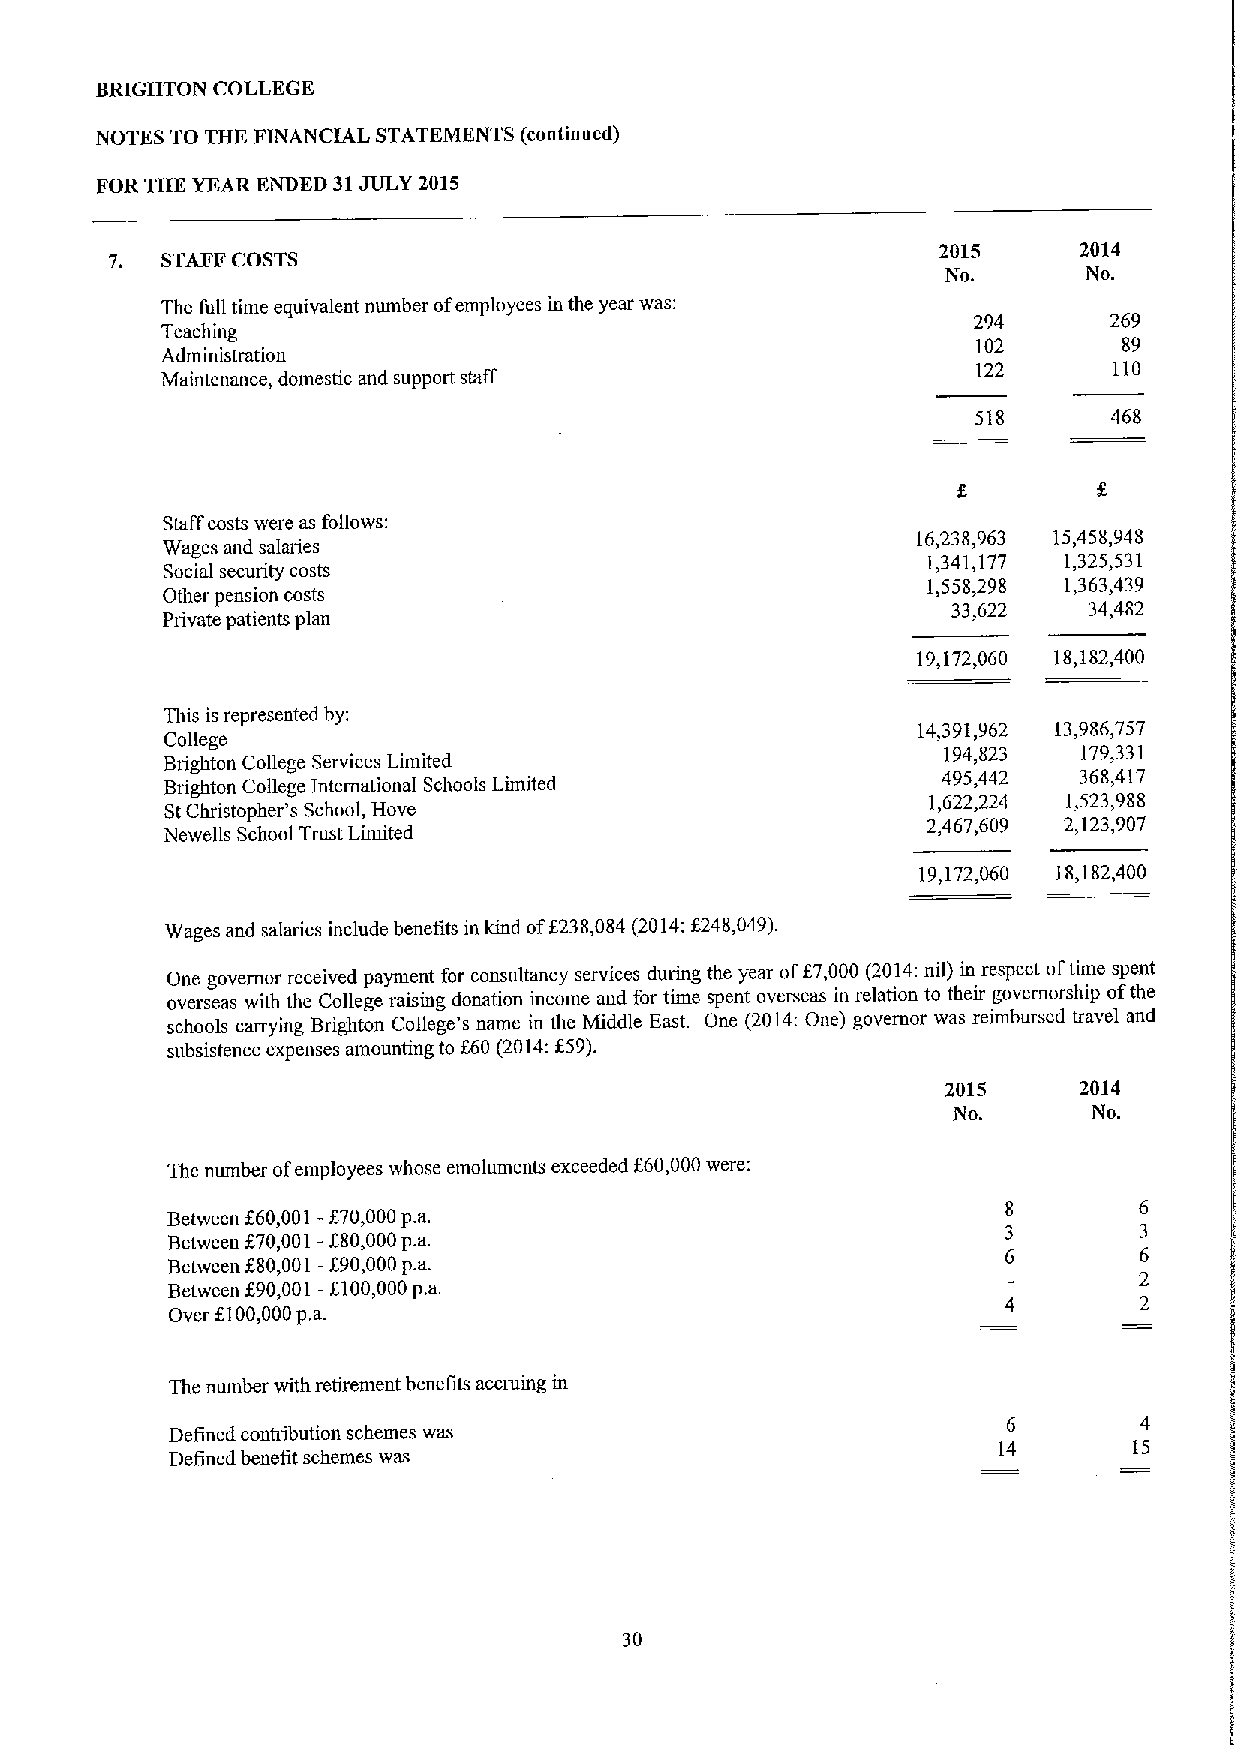
BRIGHTON COLLEGE
 NOTES TO THE FINANCIAL STATEMENTS (continued)
 FOR THE YEAR ENDED 31JULY 2015
 2015     2014
 7.  STAFF COSTS
 No.      No.
 The full time equivalent number ofemployees in the year was:
 294      269
 Teaching
 102      89
 Administration
 122      110
 Maintenance, domestic and support staff
 518      468
 Staffcosts were as follows;
 16,238,963 15,458,948
 Wages and salaries
 1,341,177 1,325,531
 Social security costs
 1,558,298 1,363,439
 Other pension costs
 33,622   34,482
 Private patients plan
 19,172,060 18,182,400
 This isrepresented by;
 14391962 13,986,757
 College
 194,823   179,331
 Brighton College Services Limited
 Brighton College International Schools Limited
 495,442  368,417
 StChristopher's School, Hove
 1,622,224 1,523,988
 2,467,609 2,123,907
 Newells School Trust Limited
 19,172,060 18,182,400
 Wages and salaries include benefits in kind off238,084 (2014:f248,049).
 One governor received payment for consultancy services duimg the year off7,000 (2014:nil) in respect oftime spent
 overseas with the College raising donation income and for time spent overseas in relation to their governorship ofthe
 schools carrying Brighton College's name in the Middle East. One (2014:One) governor was reimbursed travel and
 subsistence expenses amounting to f60 (2014:f59).
 2015    2014
 No.      No.
 The number ofemployees whose emoluments exceeded f 60,000were:
 Between
 f60,001-f70,000p.a.
 Between
 570,001-580,000p.a.
 Between 580,001—f 90,000p.a.
 Between 590,001—f100,000p,a.
 Over 5100,000p.a.
 The number with retirement benefits accruing in
 6       4
 Defined contribution schemes was
 14       15
 Defined benefit schemes was
 30